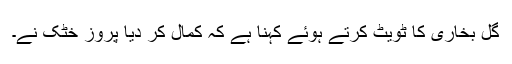
گل بخاری کا ٹویٹ کرتے ہوئے کہنا ہے کہ کمال کر دیا پروز خٹک نے۔